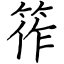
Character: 筰